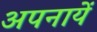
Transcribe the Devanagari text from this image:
अपनायें